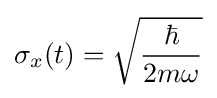
\sigma _{x}(t)={\sqrt {\frac {\hbar }{2m\omega }}}